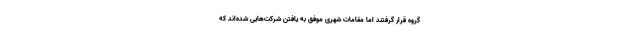
گروه قرار گرفتند اما مقامات شهری موفق به یافتن شرکت‌هایی شده‌اند که